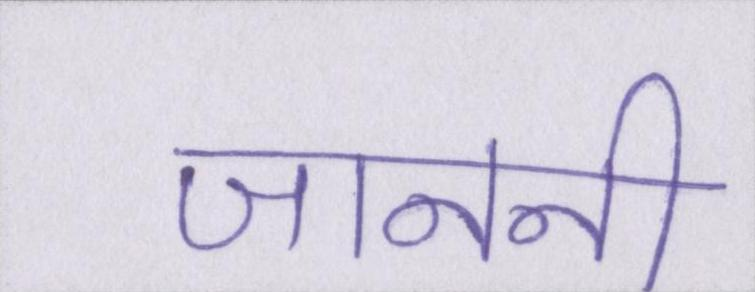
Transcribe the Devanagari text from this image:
जाननी